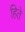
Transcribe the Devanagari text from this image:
हिते